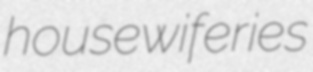
housewiferies